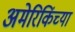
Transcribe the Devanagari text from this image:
अमेरिकिंच्या